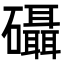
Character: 𮁖